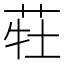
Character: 𰱆